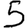
Digit: 5